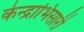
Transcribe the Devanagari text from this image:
केन्द्राभिसारी